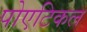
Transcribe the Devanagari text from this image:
पोएटिकल